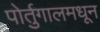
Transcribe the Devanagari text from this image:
पोर्तुगालमधून